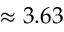
\approx 3 . 6 3